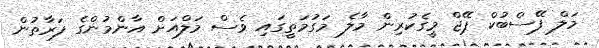
މަލް ފޭސްބުކް ޕޭޖް މީގެކުރިން މާލެ މަގުމަތީގައި ވެސް މަލްއަށް އާންމުންގެ ފަރާތުން